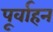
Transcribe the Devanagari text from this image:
पूर्वाहन